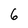
Character: 6